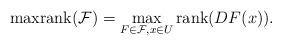
LaTeX: \begin{align*}{\rm maxrank}({\mathcal{F}}) =\max_{F\in\mathcal{F}, x\in U}{ \rm rank}(DF(x)). \end{align*}